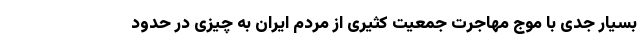
بسیار جدی با موج مهاجرت جمعیت کثیری از مردم ایران به چیزی در حدود